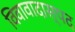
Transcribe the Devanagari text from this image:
विवावादास्पद